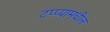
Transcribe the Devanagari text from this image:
टप्प्यामधील